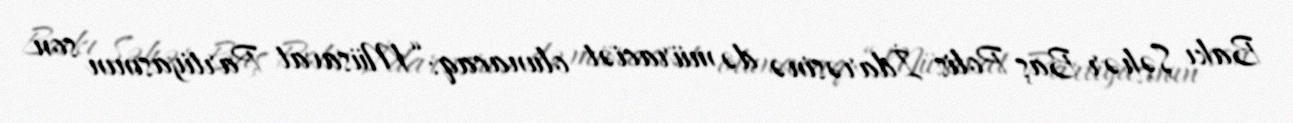
Bakı Şəhər Baş Polis İdarəsinə də müraciət olunacaq: “Müsavat Partiyasının son